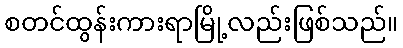
စတင်ထွန်းကားရာမြို့လည်းဖြစ်သည်။